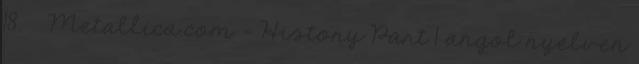
18. ↑ Metallica.com – History Part 1 angol nyelven